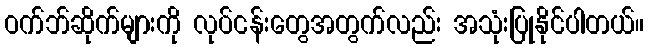
ဝက်ဘ်ဆိုက်များကို လုပ်ငန်းတွေအတွက်လည်း အသုံးပြုနိုင်ပါတယ်။